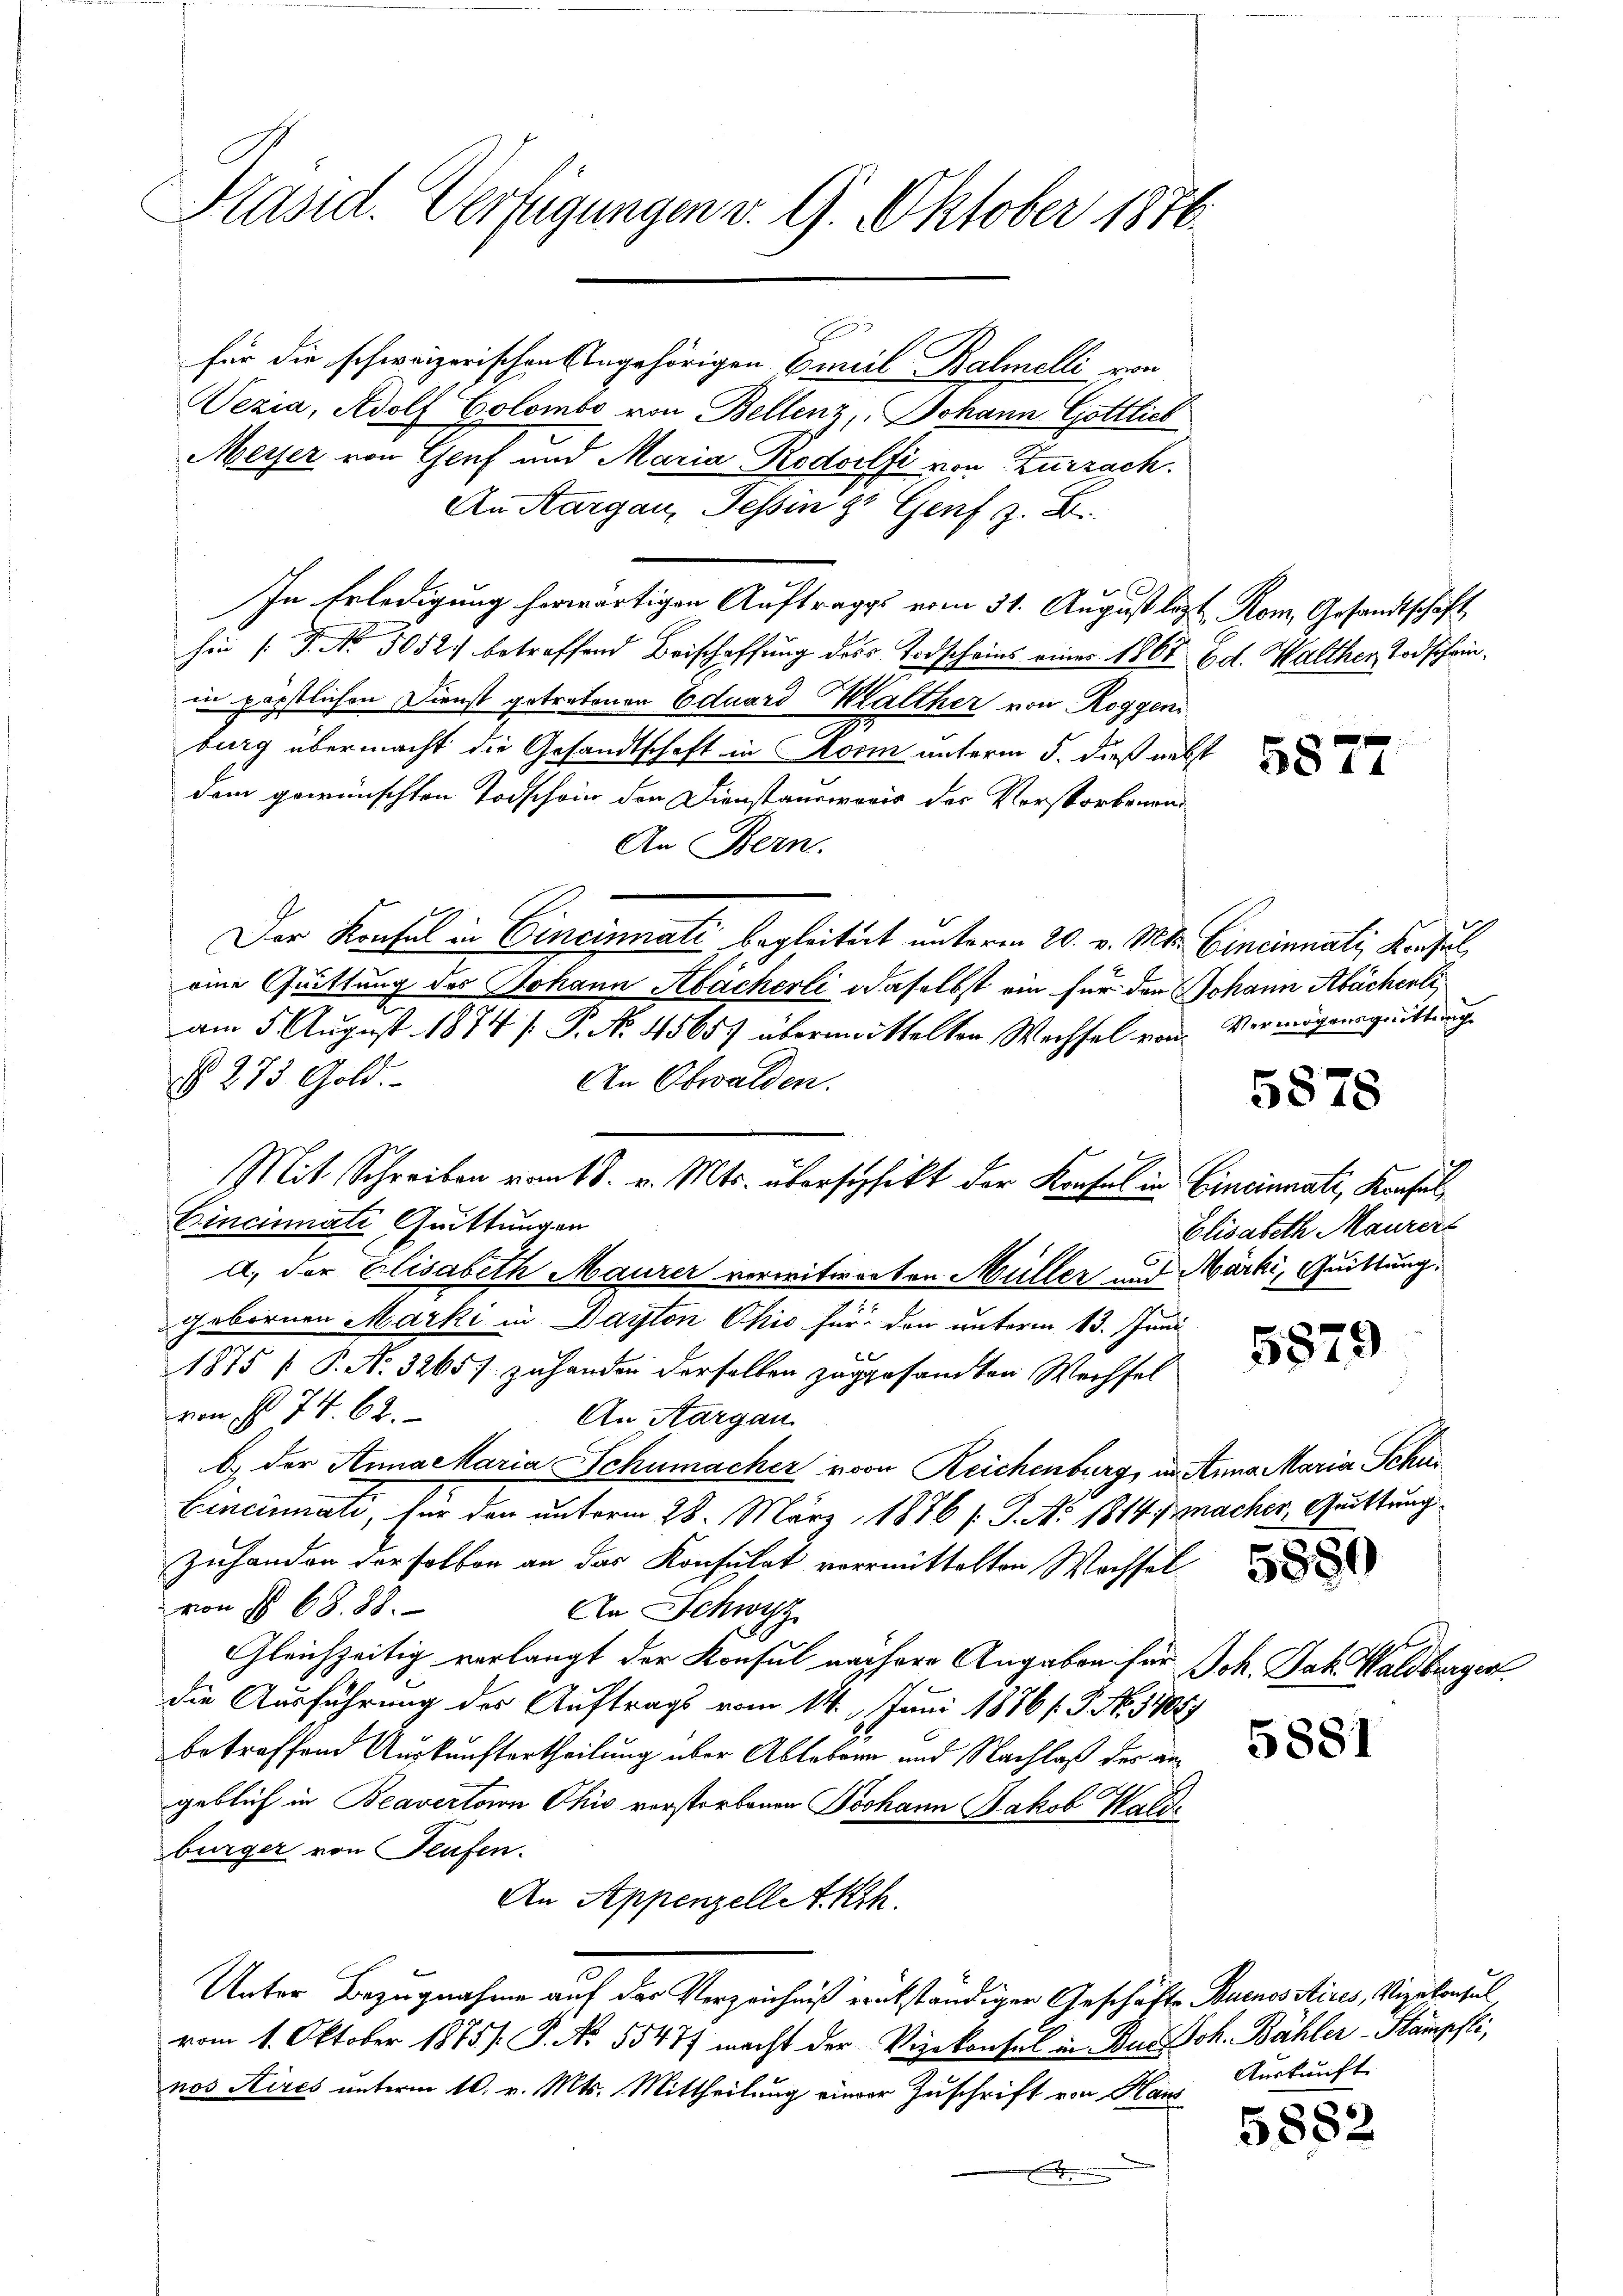
Präsid. Verfügungen v. 9. Oktober 1876.

für die schweizerischen Angehörigen Camil Bahnelli von
Nezia, Adolf Colombo von Bellenz, Johann Gottlieb
Meyer von Genf und Maria Rodolfi von Zurzach.
An Aargau, Tessin zu Genf z. B.
In Erledigung herwärtigen Auftrages vom 31. August lezt Rom. Gesandtschaft
hin (T. No 5052. betreffend Beischaffung des Todscheins einer 1867 Ed. Walther Todscheinin päpstlichen Dienst getretenen Eduard Malther von Roggeni
burg übermacht die Gesandtschaft in Mann unterm 5. dieß nebst
dem gewünschten Todschein den Dienstanswaris der Verstorbenen
An Bern.
Der Konsul in Cincinnati begleitert unterm 20. v. Mts. Cincinnati, Konsul,
eine Quittung des Johann Abächerli daselbst ein für den Johann Abächerli,
am 5. August 1874 [ P. No. 4565 übermittelten Wechsel von Vermögensquittunge
§ 273 Gold.
An Obwalden.
Cincinnate Quittungen
A. der Elisabeth Maurer verwitworten Müller und Märki, Quittung
gebornen Marki in Dayton Ohio für den unterm 13. Juni
6
1875 [ P. No. 3265 zuhanden derselben zugesandten Wechsel
vom 1t 74. 62.
An Aargau
b.) der Anna Maria Schumacher von Reichenburg, in Anna Maria Schur
Cincinati, für den unterm 28. März 1876 s. S. Ao 1814 nacher, Guittung
Zuhanden der selben an das Konsulat vormittelten Wachsel
von § 68. 88.
An Schwyz
Gleichzeitig verlangt der Konsul nähere Angaben für Joh. Jak. Waldbergert
die Ausführung der Auftrags vom 14. Juni 1876/. P. No. 17057
betreffend Auskunftertheilung über Abtebern und Nachlaß des angeblich in Beavertaion Chić verstorbenen Johann Jakob Walde
bürger von Teufen.
An Appenzellet Kh
Unter Bezugnahme auf der Verzeichniß rückständiger Geschäfts Buenos Aires, Vizekonsul
vom 1. Oktober 1875/. P. Nr. 55477 macht der Vizekonsul in Burg Joh. Bähler-Stampfli,
nos Aires unterm 10. v. Mts. Mittheilung einer Zuschrift von Hans
.

Mit Schreiben vom 18. v. Mts. überschikt der Konsul in Cincinati, Konsul

5878

Elisabeth Maurer

5879

5884

5881

Auskunft

5882